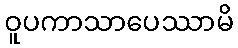
ဝူပကာသာပေဿာမိ